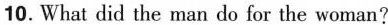
10.What did the man do for the woman?